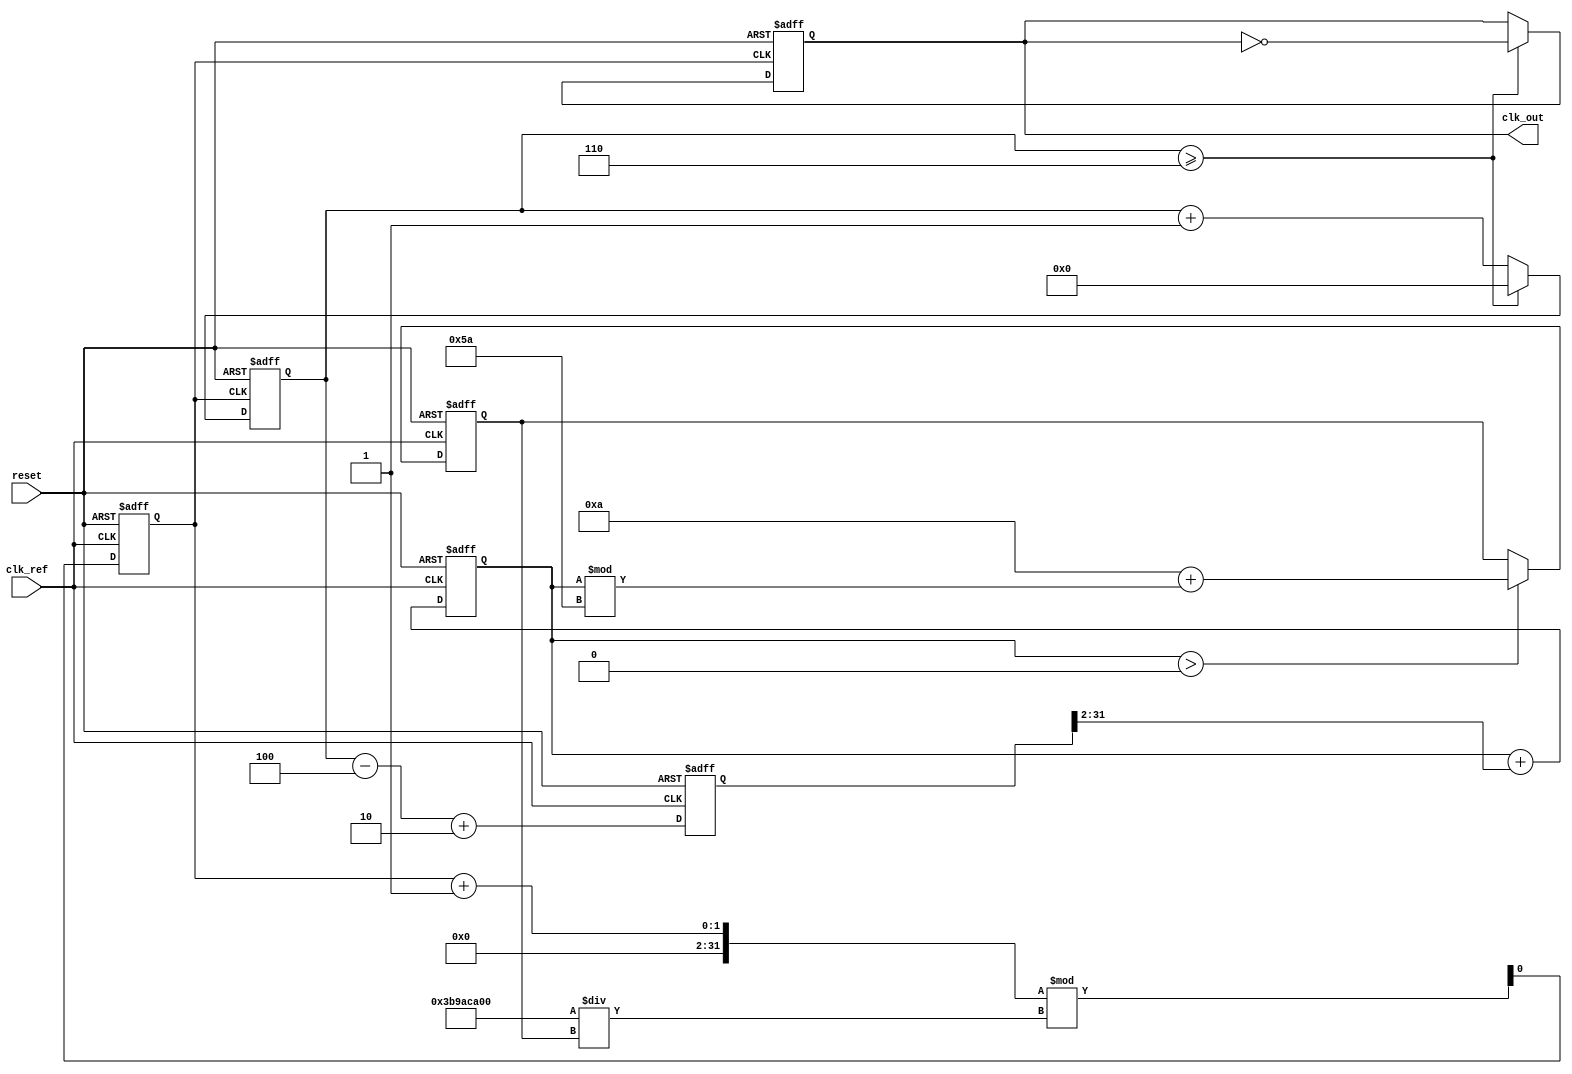
module fractional_pll (
    input wire clk_ref,          // Reference clock input
    input wire reset,            // Reset signal
    output reg clk_out           // Output clock
);

    // Parameters
    parameter N = 4;             // Integer division factor
    parameter FRAC = 2;          // Fractional part for division
    parameter VCO_MAX_FREQ = 100; // Maximum VCO frequency
    parameter VCO_MIN_FREQ = 10;  // Minimum VCO frequency

    // Internal signals
    reg [31:0] phase_error;      // Phase error signal
    reg [31:0] control_voltage;   // Control voltage for VCO
    reg [31:0] vco_freq;          // Current VCO frequency
    reg [31:0] fractional_divider; // Current value of fractional divider
    reg [31:0] feedback_counter;   // Feedback counter for division
    reg clk_vco;                  // VCO clock output

    // Phase Detector (PD)
    always @(posedge clk_ref or posedge reset) begin
        if (reset) begin
            phase_error <= 0;
        end else begin
            // Simple phase error calculation (for demonstration)
            // In a real implementation, this would be more complex
            phase_error <= (feedback_counter - N) + FRAC; // Example calculation
        end
    end

    // Loop Filter (LF)
    always @(posedge clk_ref or posedge reset) begin
        if (reset) begin
            control_voltage <= 0;
        end else begin
            // Simple low-pass filter (for demonstration)
            control_voltage <= control_voltage + (phase_error >> 2); // Example filter
        end
    end

    // Voltage-Controlled Oscillator (VCO)
    always @(posedge clk_ref or posedge reset) begin
        if (reset) begin
            vco_freq <= VCO_MIN_FREQ;
            clk_vco <= 0;
        end else begin
            // Adjust VCO frequency based on control voltage
            if (control_voltage > 0) begin
                vco_freq <= VCO_MIN_FREQ + (control_voltage % (VCO_MAX_FREQ - VCO_MIN_FREQ));
            end
            // Generate VCO clock output based on frequency
            clk_vco <= (clk_vco + 1) % (1000000000 / vco_freq); // Example clock generation
        end
    end

    // Fractional Divider
    always @(posedge clk_vco or posedge reset) begin
        if (reset) begin
            feedback_counter <= 0;
            clk_out <= 0;
        end else begin
            feedback_counter <= feedback_counter + 1;
            if (feedback_counter >= N + FRAC) begin
                feedback_counter <= 0;
                clk_out <= ~clk_out; // Toggle output clock
            end
        end
    end

endmodule